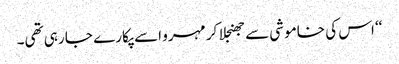
‘‘ اس کی خاموشی سے جھنجلا کر مہرو اسے پکارے جا رہی تھی۔